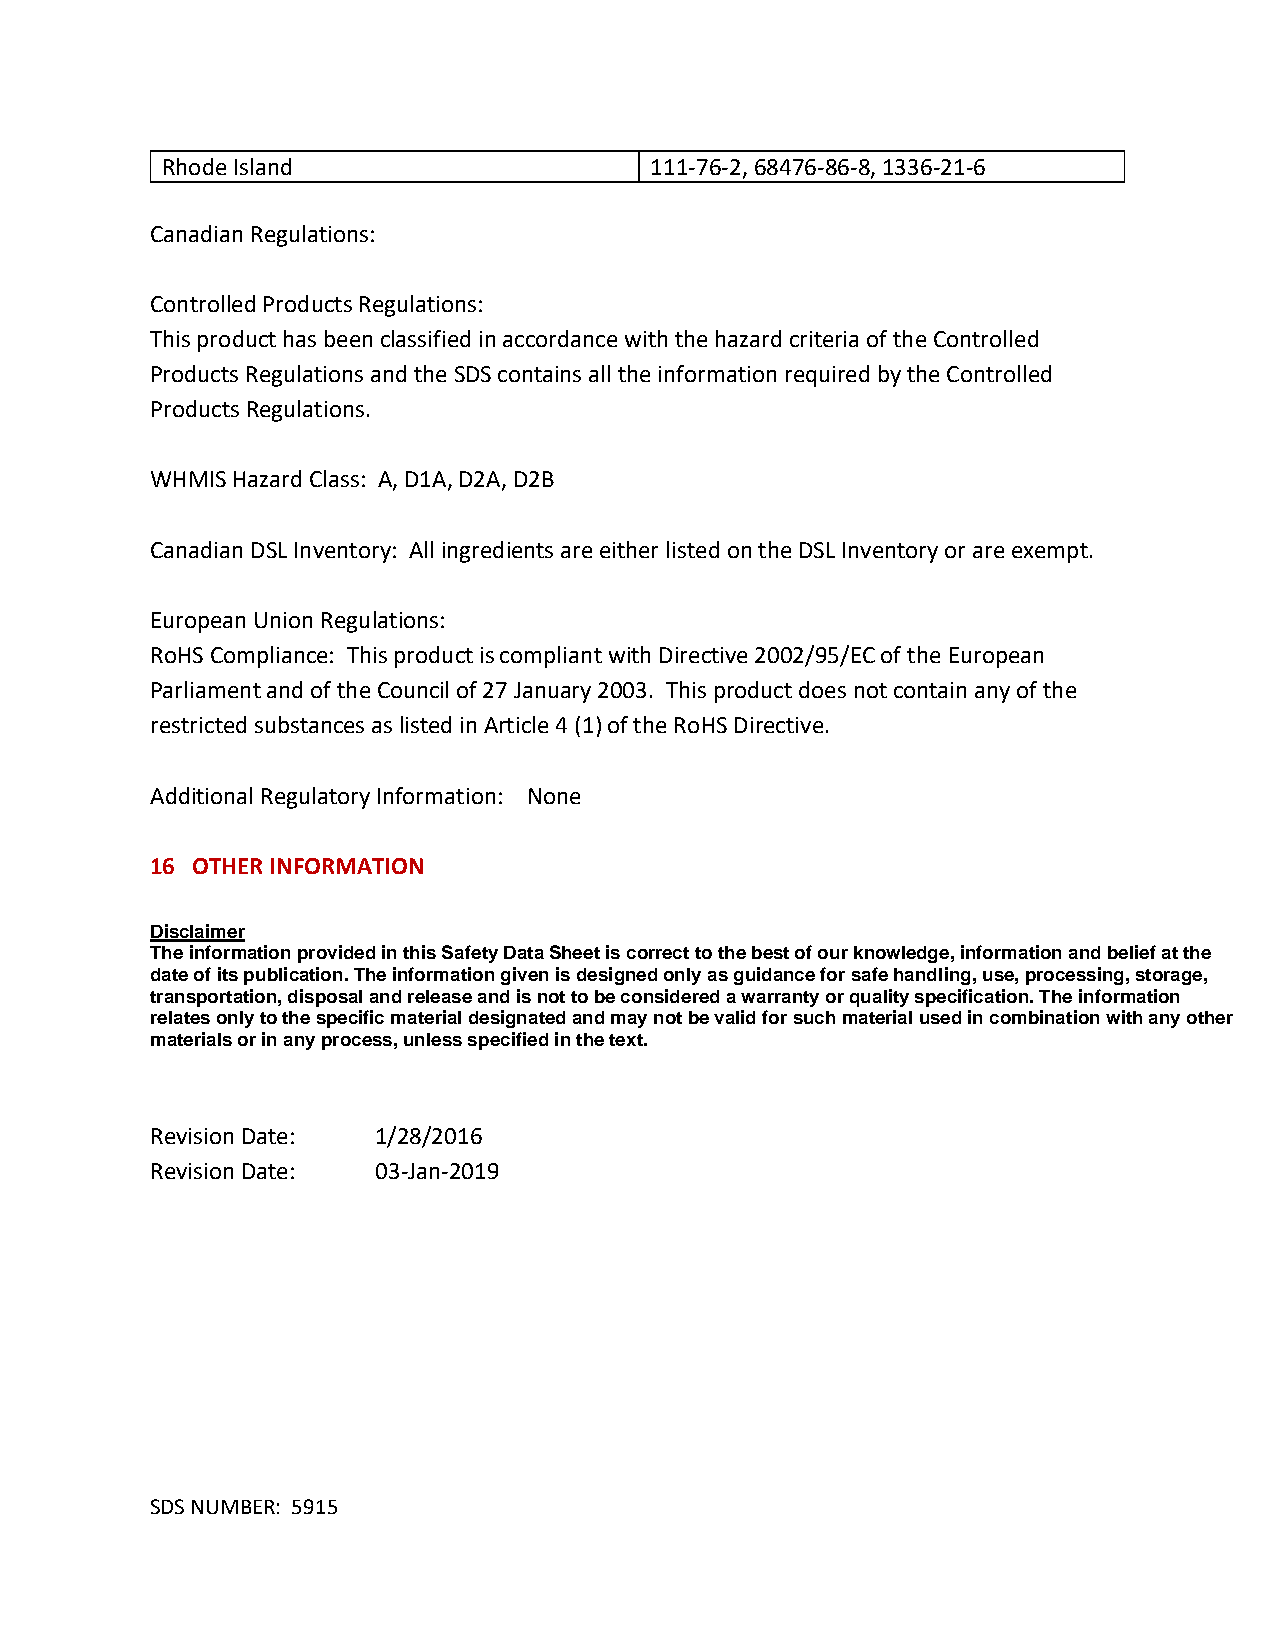
Rhode Island                    111-76-2, 68476-86-8, 1336-21-6
 Canadian Regulations:
 Controlled Products Regulations:
 This product has been classified in accordance with the hazard criteria of the Controlled
 Products Regulations and the SDS contains all the information required by the Controlled
 Products Regulations.
 WHMIS Hazard Class: A, D1A, D2A, D2B
 Canadian DSL Inventory: All ingredients are either listed on the DSL Inventory or are exempt.
 European Union Regulations:
 RoHS Compliance: This product is compliant with Directive 2002/95/EC of the European
 Parliament and of the Council of 27 January 2003. This product does not contain any of the
 restricted substances as listed in Article 4 (1) of the RoHS Directive.
 Additional Regulatory Information: None
 16 OTHER INFORMATION
 Disclaimer
 The information provided in this Safety Data Sheet is correct to the best of our knowledge, information and belief at the
 date of its publication. The information given is designed only as guidance for safe handling, use, processing, storage,
 transportation, disposal and release and is not to be considered a warranty or quality specification. The information
 relates only to the specific material designated and may not be valid for such material used in combination with any other
 materials or in any process, unless specified in the text.
 Revision Date: 1/28/2016
 Revision Date: 03-Jan-2019
 SDS NUMBER: 5915